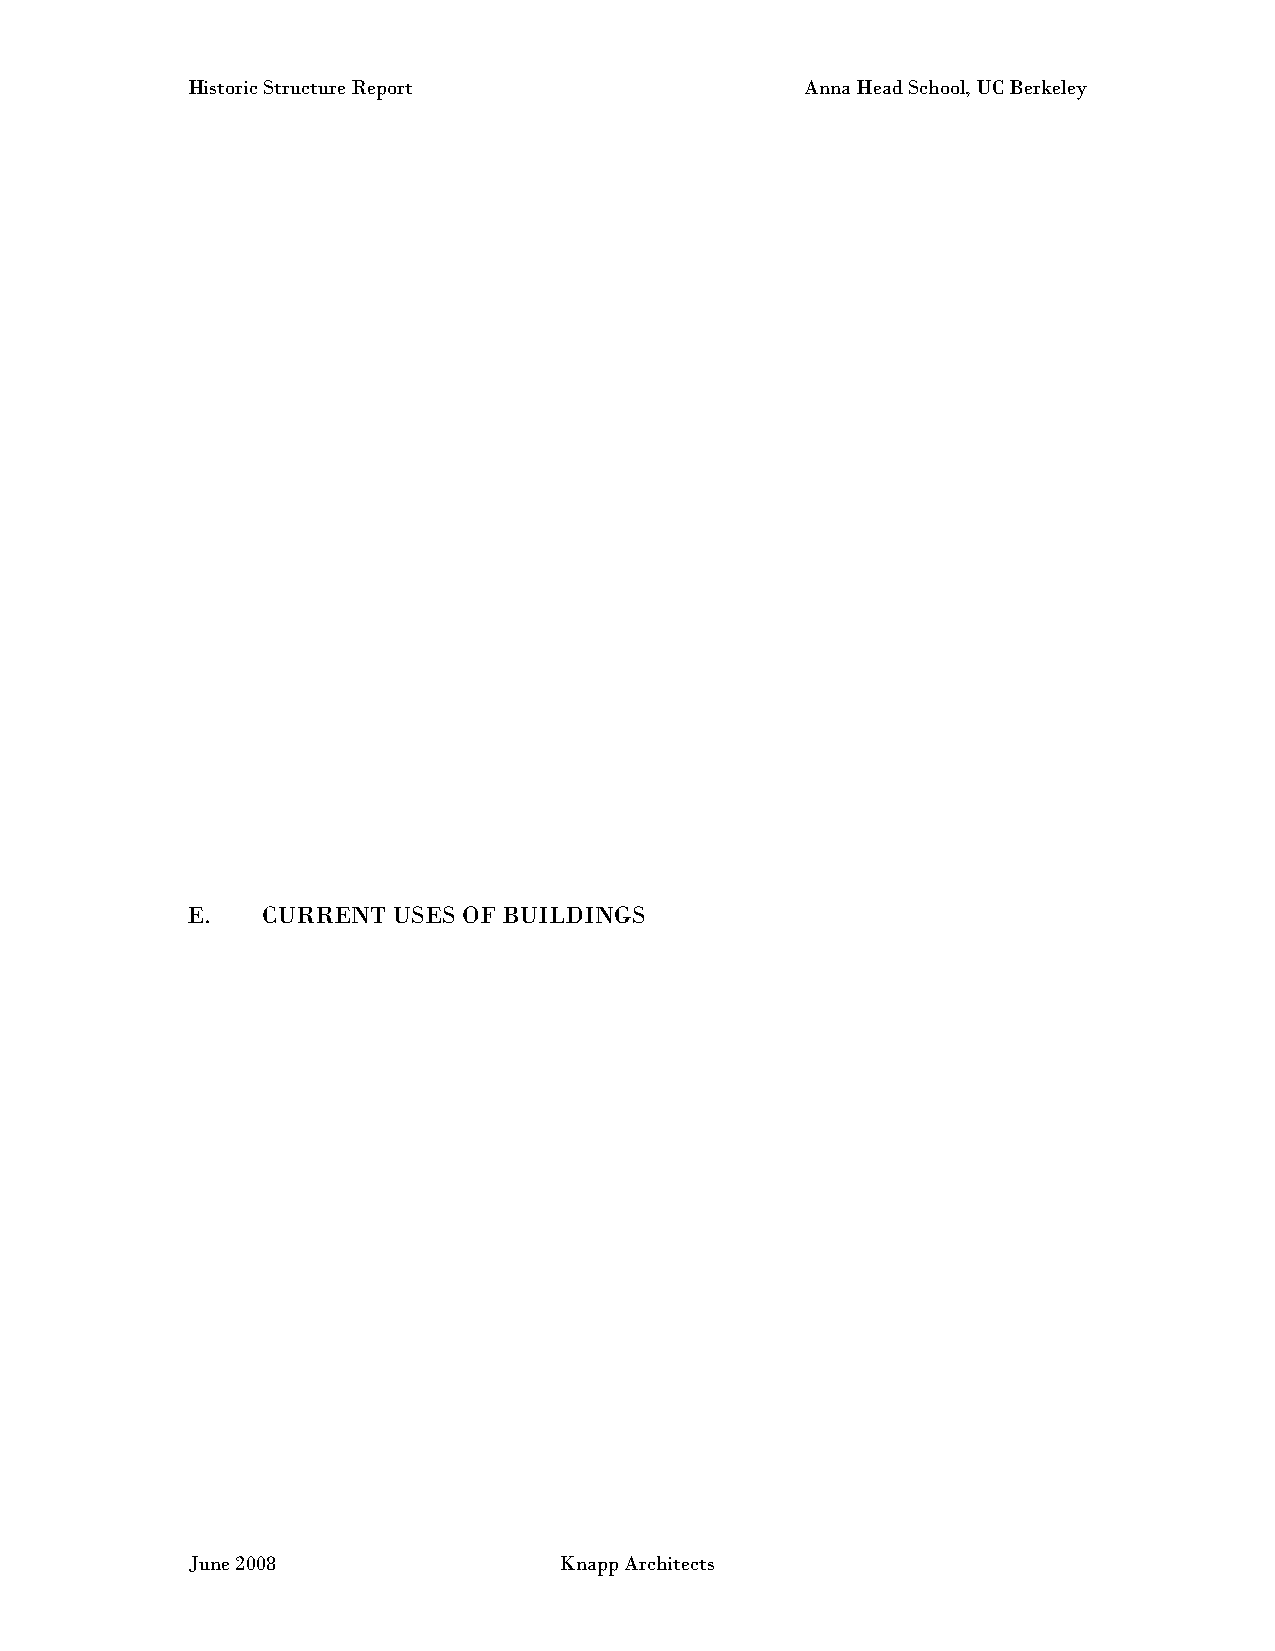
Historic Structure Report                Anna Head School, UC Berkeley
 E.   CURRENT  USES OF BUILDINGS
 June 2008                Knapp Architects